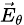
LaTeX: \scriptstyle{{\vec{E}}_{\theta}}